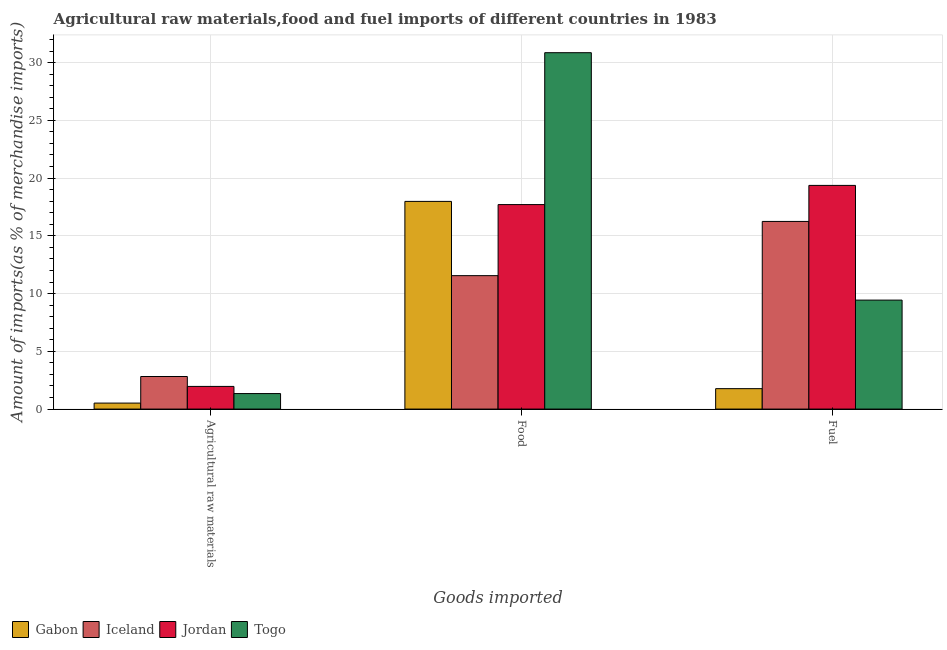
| Goods imported | Gabon | Iceland | Jordan | Togo |
 | --- | --- | --- | --- | --- |
 | Agricultural raw materials | 0.519 | 2.82 | 1.96 | 1.34 |
 | Food | 18 | 11.6 | 17.7 | 30.9 |
 | Fuel | 1.77 | 16.2 | 19.4 | 9.44 |